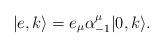
LaTeX: \begin{align*}|e,k\rangle = e_\mu \alpha^\mu_{-1} |0,k\rangle.\end{align*}